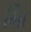
માિ